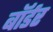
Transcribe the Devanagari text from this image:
बाॅर्डर